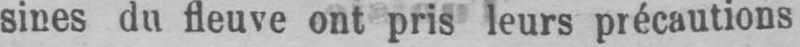
sines du fleuve ont pris leurs précautions